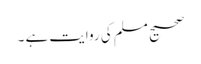
صحیح مسلم کی روایت ہے ۔